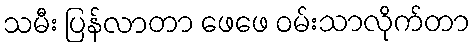
သမီး ပြန်လာတာ ဖေဖေ ဝမ်းသာလိုက်တာ